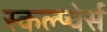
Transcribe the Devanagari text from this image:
स्कल्प्चेर्स